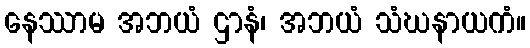
နေဿာမ အဘယံ ဌာနံ၊ အဘယံ သံဃနာယကံ။